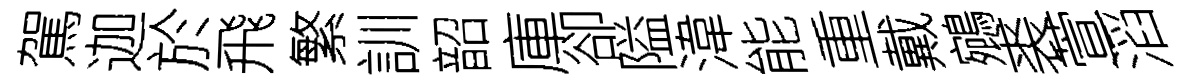
駕迦於飛繁訓韶庫卻隘湋能重戴鵷裘萱滔